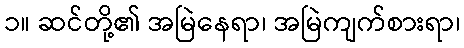
၁။ ဆင်တို့၏ အမြဲနေရာ၊ အမြဲကျက်စားရာ၊